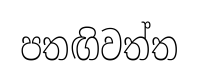
පතඟිවත්ත